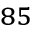
^ { 8 5 }